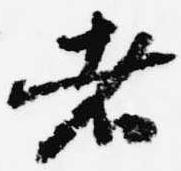
者